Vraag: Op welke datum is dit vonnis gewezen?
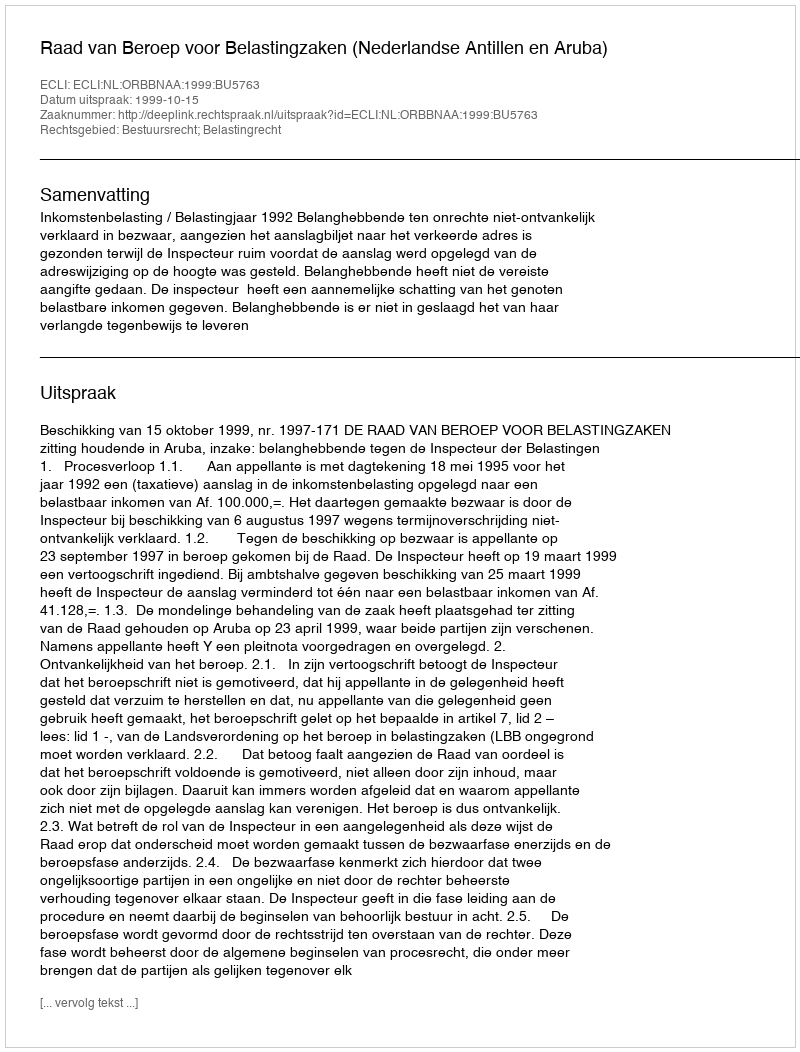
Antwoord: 1999-10-15